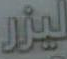
ليزر